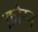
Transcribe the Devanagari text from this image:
क़ोरम